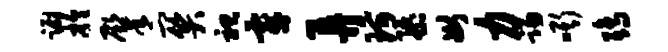
蹰拎肇关袒咎弄珂隳母力踢嘶鸱